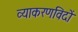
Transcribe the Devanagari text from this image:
व्याकरणविदों